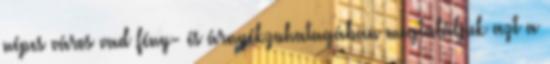
népes város vad fény- és árnyékzuhatagában megtaláljuk azt a